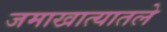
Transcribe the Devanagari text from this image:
जमाखात्यातले